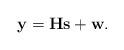
LaTeX: \begin{align*}\mathbf{y}=\mathbf{H}\textbf{s}+\textbf{w}.\end{align*}